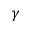
\gamma